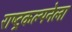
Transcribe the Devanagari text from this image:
राष्ट्रकल्पनेला